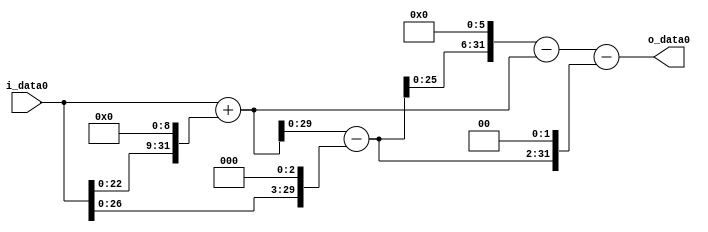
module multiplier_block (
    i_data0,
    o_data0
);

  // Port mode declarations:
  input   [31:0] i_data0;
  output  [31:0]
    o_data0;

  //Multipliers:

  wire [31:0]
    w1,
    w512,
    w513,
    w8,
    w505,
    w32320,
    w31807,
    w2020,
    w29787;

  assign w1 = i_data0;
  assign w2020 = w505 << 2;
  assign w29787 = w31807 - w2020;
  assign w31807 = w32320 - w513;
  assign w32320 = w505 << 6;
  assign w505 = w513 - w8;
  assign w512 = w1 << 9;
  assign w513 = w1 + w512;
  assign w8 = w1 << 3;

  assign o_data0 = w29787;

  //multiplier_block area estimate = 7071.92625206177;
endmodule